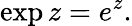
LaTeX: \exp z=e^{z}.